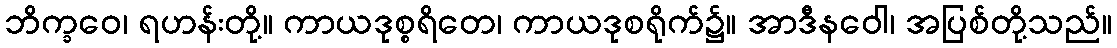
ဘိက္ခဝေ၊ ရဟန်းတို့။ ကာယဒုစ္စရိတေ၊ ကာယဒုစရိုက်၌။ အာဒီနဝေါ၊ အပြစ်တို့သည်။